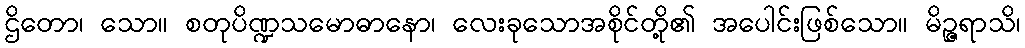
ဌိတော၊ သော။ စတုပိဏ္ဍသမောဓာနော၊ လေးခုသောအစိုင်တို့၏ အပေါင်းဖြစ်သော။ မိဉ္ဇရာသိ၊